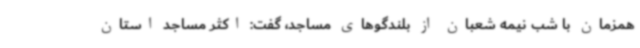
همزمان با شب نیمه شعبان از بلندگوهای مساجد، گفت: اکثر مساجد استان